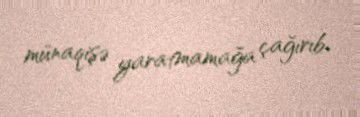
münaqişə yaratmamağa çağırıb.